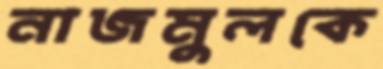
নাজমুলকে